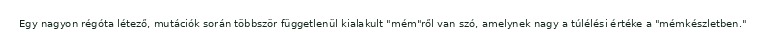
Egy nagyon régóta létező, mutációk során többször függetlenül kialakult "mém"ről van szó, amelynek nagy a túlélési értéke a "mémkészletben."